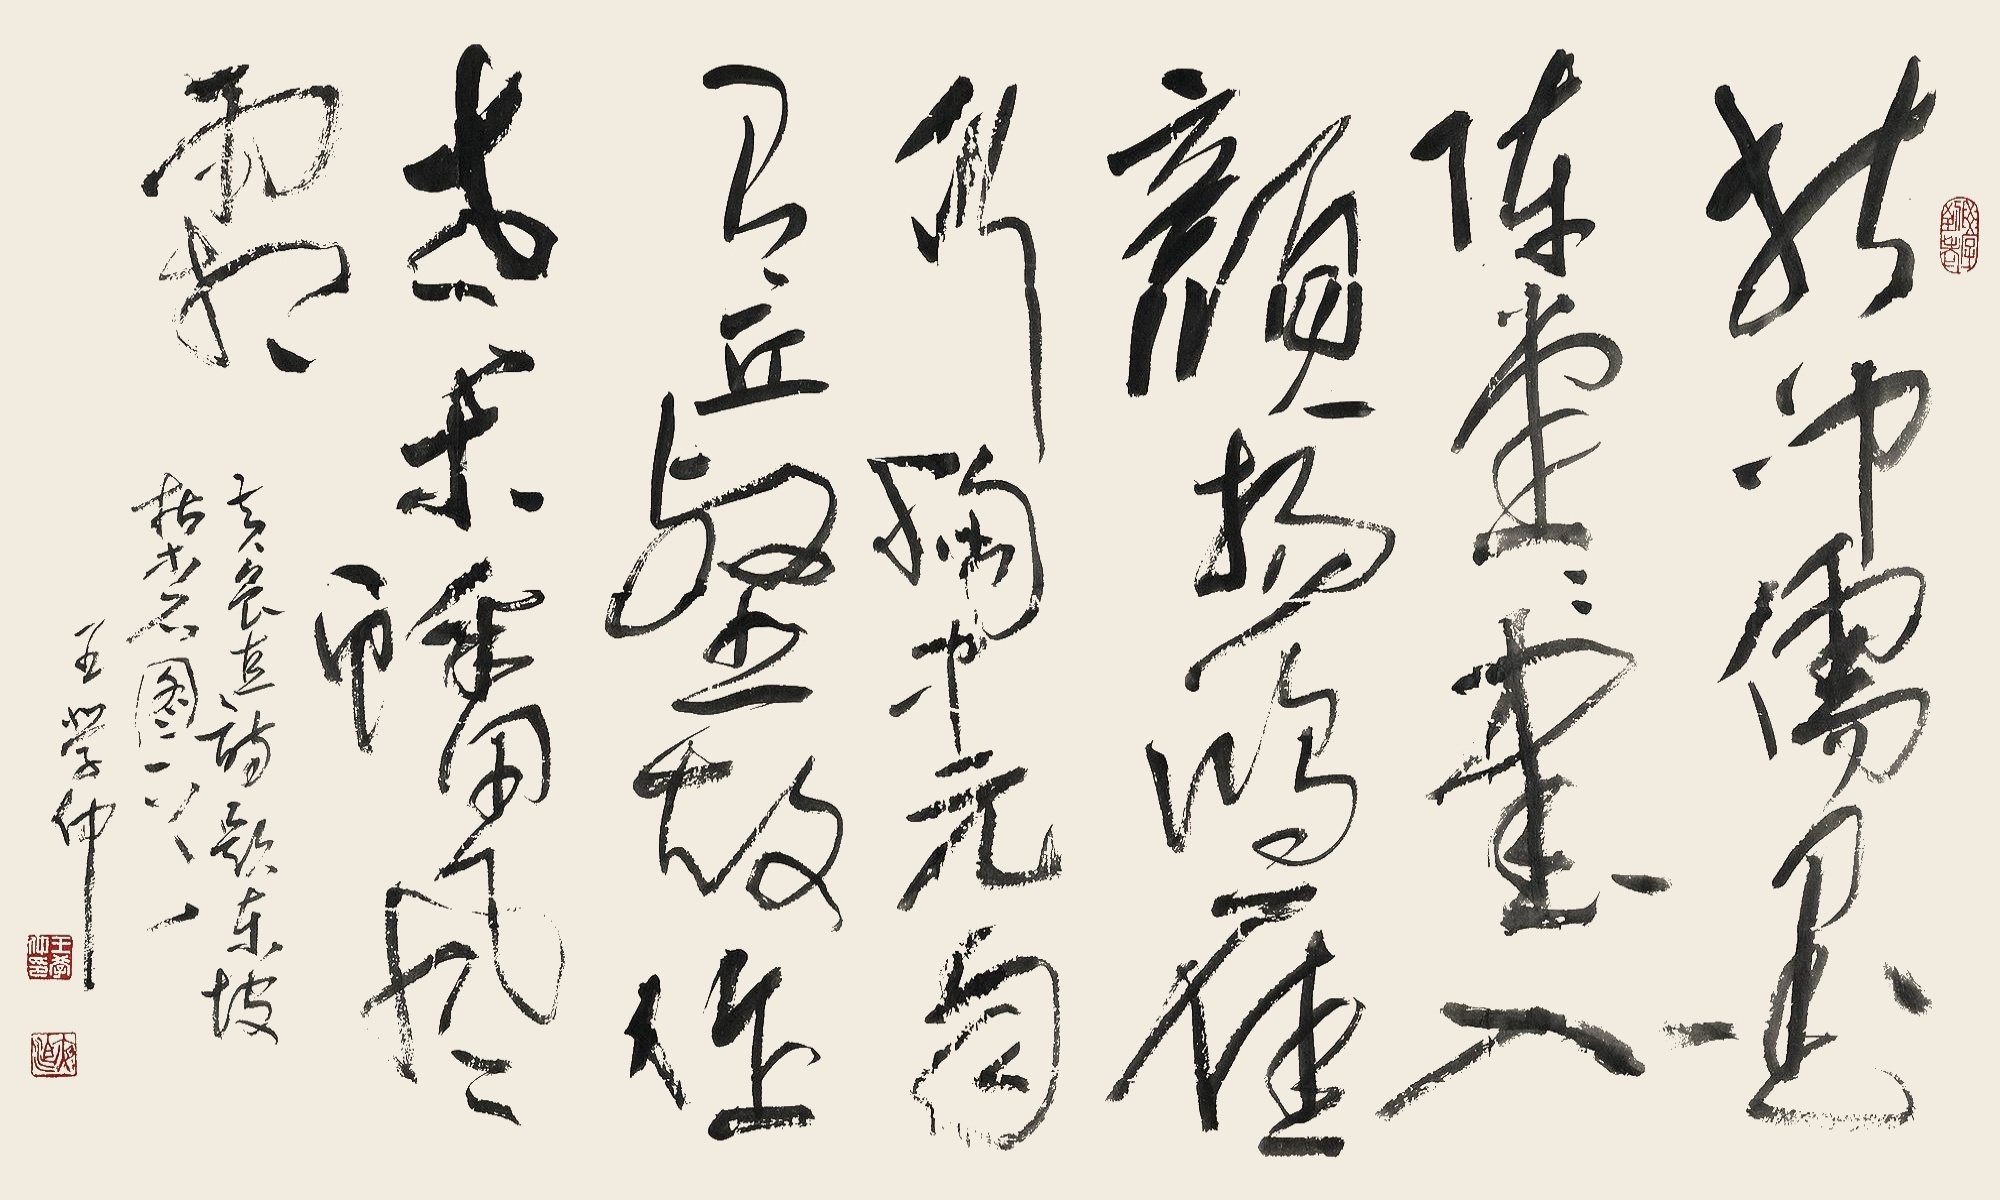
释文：折冲儒墨阵堂堂，书入颜杨鸿雁行。胸中元自有丘壑，故作老木蟠风霜。黄鲁直诗题东坡《枯木石图》一首，王学仲。